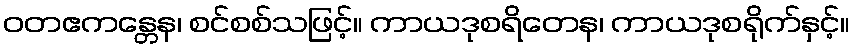
ဝတဧကန္တေန၊ စင်စစ်သဖြင့်။ ကာယဒုစရိတေန၊ ကာယဒုစရိုက်နှင့်။